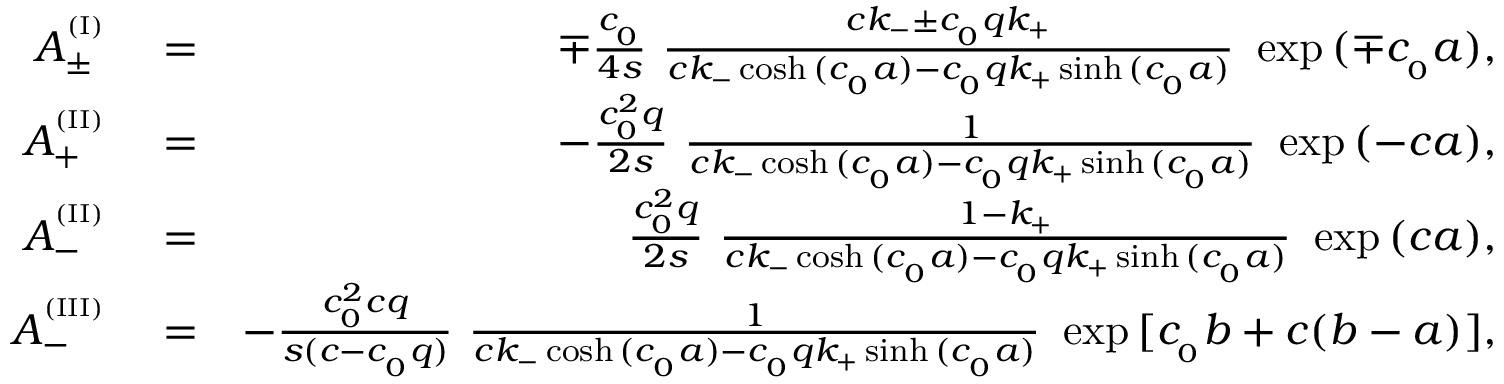
\begin{array} { r l r } { A _ { \pm } ^ { ^ { ( \mathrm { I } ) } } } & { { } = } & { \mp \frac { c _ { _ 0 } } { 4 s } \ \frac { c k _ { - } \pm c _ { _ 0 } q k _ { + } } { c k _ { - } \cosh { ( c _ { _ 0 } a ) } - c _ { _ 0 } q k _ { + } \sinh { ( c _ { _ 0 } a ) } } \ \exp { ( \mp c _ { _ 0 } a ) } , } \\ { A _ { + } ^ { ^ { ( \mathrm { I I } ) } } } & { { } = } & { - \frac { c _ { _ 0 } ^ { 2 } q } { 2 s } \ \frac { 1 } { c k _ { - } \cosh { ( c _ { _ 0 } a ) } - c _ { _ 0 } q k _ { + } \sinh { ( c _ { _ 0 } a ) } } \ \exp { ( - c a ) } , } \\ { A _ { - } ^ { ^ { ( \mathrm { I I } ) } } } & { { } = } & { \frac { c _ { _ 0 } ^ { 2 } q } { 2 s } \ \frac { 1 - k _ { + } } { c k _ { - } \cosh { ( c _ { _ 0 } a ) } - c _ { _ 0 } q k _ { + } \sinh { ( c _ { _ 0 } a ) } } \ \exp { ( c a ) } , } \\ { A _ { - } ^ { ^ { ( \mathrm { I I I } ) } } } & { { } = } & { - \frac { c _ { _ 0 } ^ { 2 } c q } { s ( c - c _ { _ 0 } q ) } \ \frac { 1 } { c k _ { - } \cosh { ( c _ { _ 0 } a ) } - c _ { _ 0 } q k _ { + } \sinh { ( c _ { _ 0 } a ) } } \ \exp { [ c _ { _ 0 } b + c ( b - a ) ] } , } \end{array}